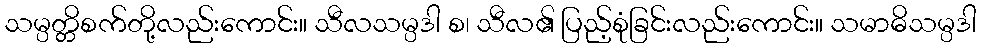
သမ္ပတ္တိစက်တို့လည်းကောင်း။ သီလသမ္ပဒါ စ၊ သီလ၏ ပြည့်စုံခြင်းလည်းကောင်း။ သမာဓိသမ္ပဒါ